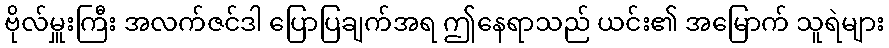
ဗိုလ်မှူးကြီး အလက်ဇင်ဒါ ပြောပြချက်အရ ဤနေရာသည် ယင်း၏ အမြောက် သူရဲများ